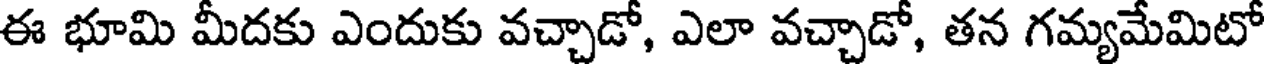
ఈ భూమి మీదకు ఎందుకు వచ్చాడో, ఎలా వచ్చాడో, తన గమ్యమేమిటో